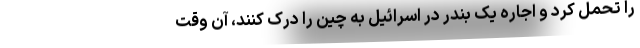
را تحمل کرد و اجاره یک بندر در اسرائیل به چین را درک کنند، آن وقت